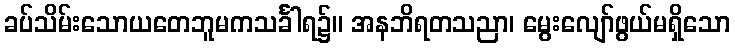
ခပ်သိမ်းသောယတေဘူမကသင်္ခါရ၌။ အနဘိရတသညာ၊ မွေးလျော်ဖွယ်မရှိသော